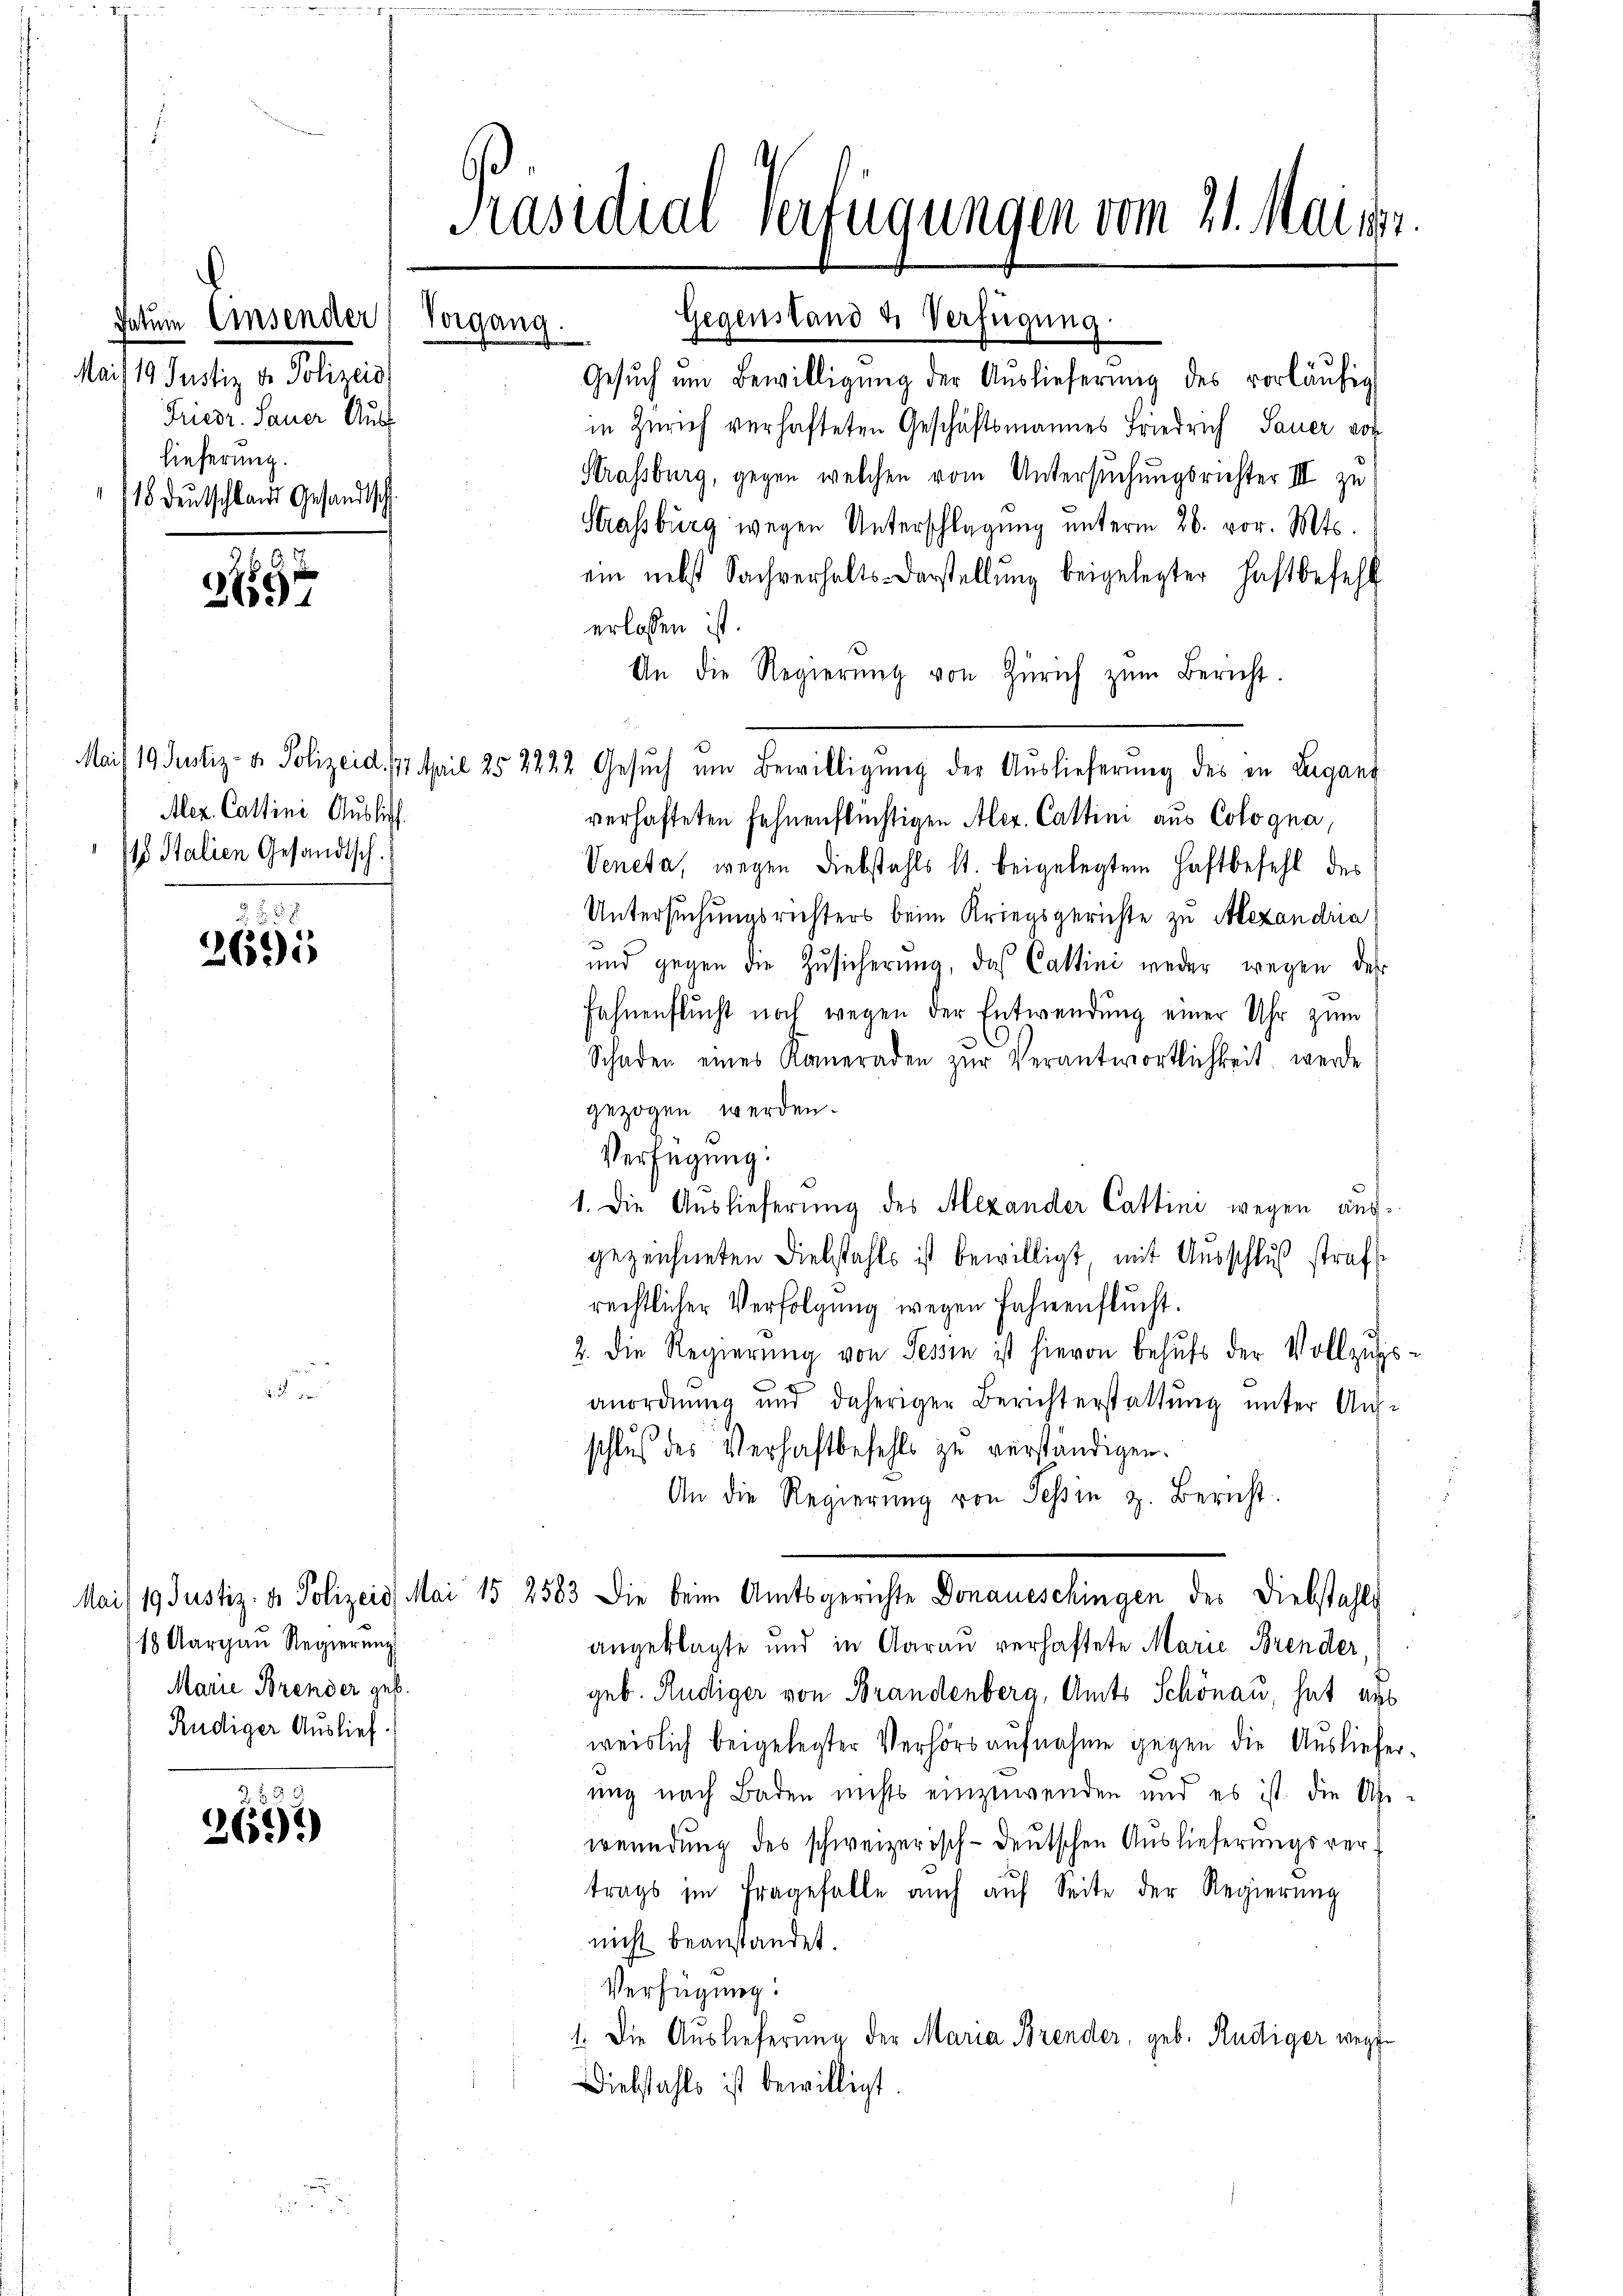
datum Einsender
seit 1. Fertig v. Polizeis
Friedr. Sauer Ausf
Lieferung.
18 Deutschland Gesandtsch

1897

Alex. Cattini Auslich
 Italien Gesandtsch.

26595

Mai/19. Justiz- & Polizeid, Mai
18 Aargau Regierung
Marie Brender geb.
Rudiger Auslief.

2691)

Präsidial-Verfügungen vom 21. Marier.

Vorgang.

Gegenstand & Verfügung:
Gesŭch ŭm Bewilligŭng der Aŭslieferung des vorläŭfig
in Zürich verhafteten Geschäftsmannes Friedrich Sauer von
Strassburg, gegen welchen vom Untersuchungsrichter III zu
Strassburg wegen Unterschlagung unterm 26. vor. Mts.
ein nebst Sachverhalts-Darstellŭng beigelegter Haftbefehl
erlassen ist.
An die Regierŭng von Zürich zŭm Bericht.
Mais 19 Justiz- & Polizeid. 177. April 25 2222 Gesuch um Bewilligung der Auslieferung des in Lugang
verhafteten fehnenflüchtigen Aler. Cattini aus Cologna,
Veneta, wegen Diebstahls st. beigelegtem Haftbefehl des
Untersuchungsrichters beim Kriegsgerichte zu Alexandria
und gegen die Zŭsicherŭng, das Cattini weder wegen des
Fahnenflucht noch wegen der Entwendung einer Uhr zum
Schaden eines Kameraden zŭr Verantwortlichkeit werde
gezogen werden.
Verfügung:
gezeichneten Diebstahls ist bewilligt, mit Ausschluß straf
rechtlicher Verfolgung wegen Fahrenflucht.
2. Die Regierŭng von Tessin ist hievon behŭfs der Vollzugs-
anordnung und daheriger Berichterstattung unter Auf-
schluß des Verhaftbefehls zu verständigen.
An die Regierŭng von Tessin z. Bericht.
15 2583 die beim Amtsgerichte Donaueschingen des Diebstahls
angeklagte und in Aarau verhaftete Marie Brender,
geb. Rudiger von Brandenberg, Amts Schönau, hat aus
weislich beigelegter Verhörs aufnahme gegen die Auslieferung nach Baden nichts einzuwenden und es ist die Uhr-
wendung des schweizerisch-deutschen Auslieferungsvertrags im Fragefalle auch aŭf Seite der Regierung
nicht beanstandet.
Verfügung:
1. Die Auslieferung der Maria Brender, geb. Rudiger wegen
Diebstahls ist bewilligt.

1. Die Auslieferung des Alexander Cattini wegen aus¬